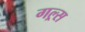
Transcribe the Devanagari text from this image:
गल्र्स